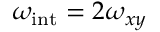
\omega _ { \mathrm { i n t } } = 2 \omega _ { x y }